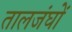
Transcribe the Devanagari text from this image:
तालजंघों